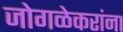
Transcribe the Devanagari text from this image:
जोगळेकरांना